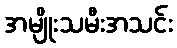
အမျိုးသမီးအသင်း